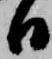
日